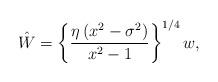
LaTeX: \begin{align*}\hat{{W}}=\left\{ {\frac{\eta\left( {x^{2}-\sigma^{2}}\right) }{x^{2}-1}}\right\} ^{1/4}w, \end{align*}